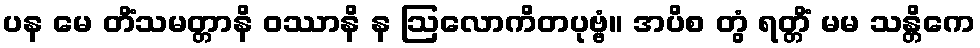
ပန မေ တိံသမတ္တာနိ ဝဿာနိ န ဩလောကိတပုဗ္ဗံ။ အပိစ တွံ ရတ္တိံ မမ သန္တိကေ